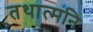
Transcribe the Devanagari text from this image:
तथात्मनि